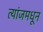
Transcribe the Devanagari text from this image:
त्यांजमधून